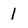
Character: 1